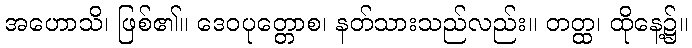
အဟောသိ၊ ဖြစ်၏။ ဒေဝပုတ္တောစ၊ နတ်သားသည်လည်း။ တတ္ထ၊ ထိုနေ့၌။